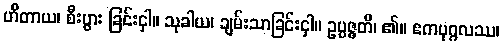
ဟိတာယ၊ စီးပွား ခြင်းငှါ။ သုခါယ၊ ချမ်းသာခြင်းငှါ။ ဥပ္ပဇ္ဇတိ၊ ၏။ ဧကပုဂ္ဂလဿ၊